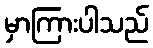
မှာကြားပါသည်